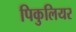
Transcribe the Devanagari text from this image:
पिकुलियर